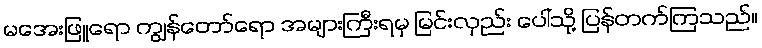
မအေးဖြူရော ကျွန်တော်ရော အများကြီးရမှ မြင်းလှည်း ပေါ်သို့ ပြန်တက်ကြသည်။